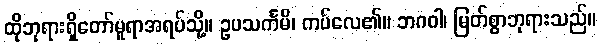
ထိုဘုရားရှိတော်မူရာအရပ်သို့။ ဥပသင်္ကမိ၊ ကပ်လေ၏။ ဘဂဝါ၊ မြတ်စွာဘုရားသည်။